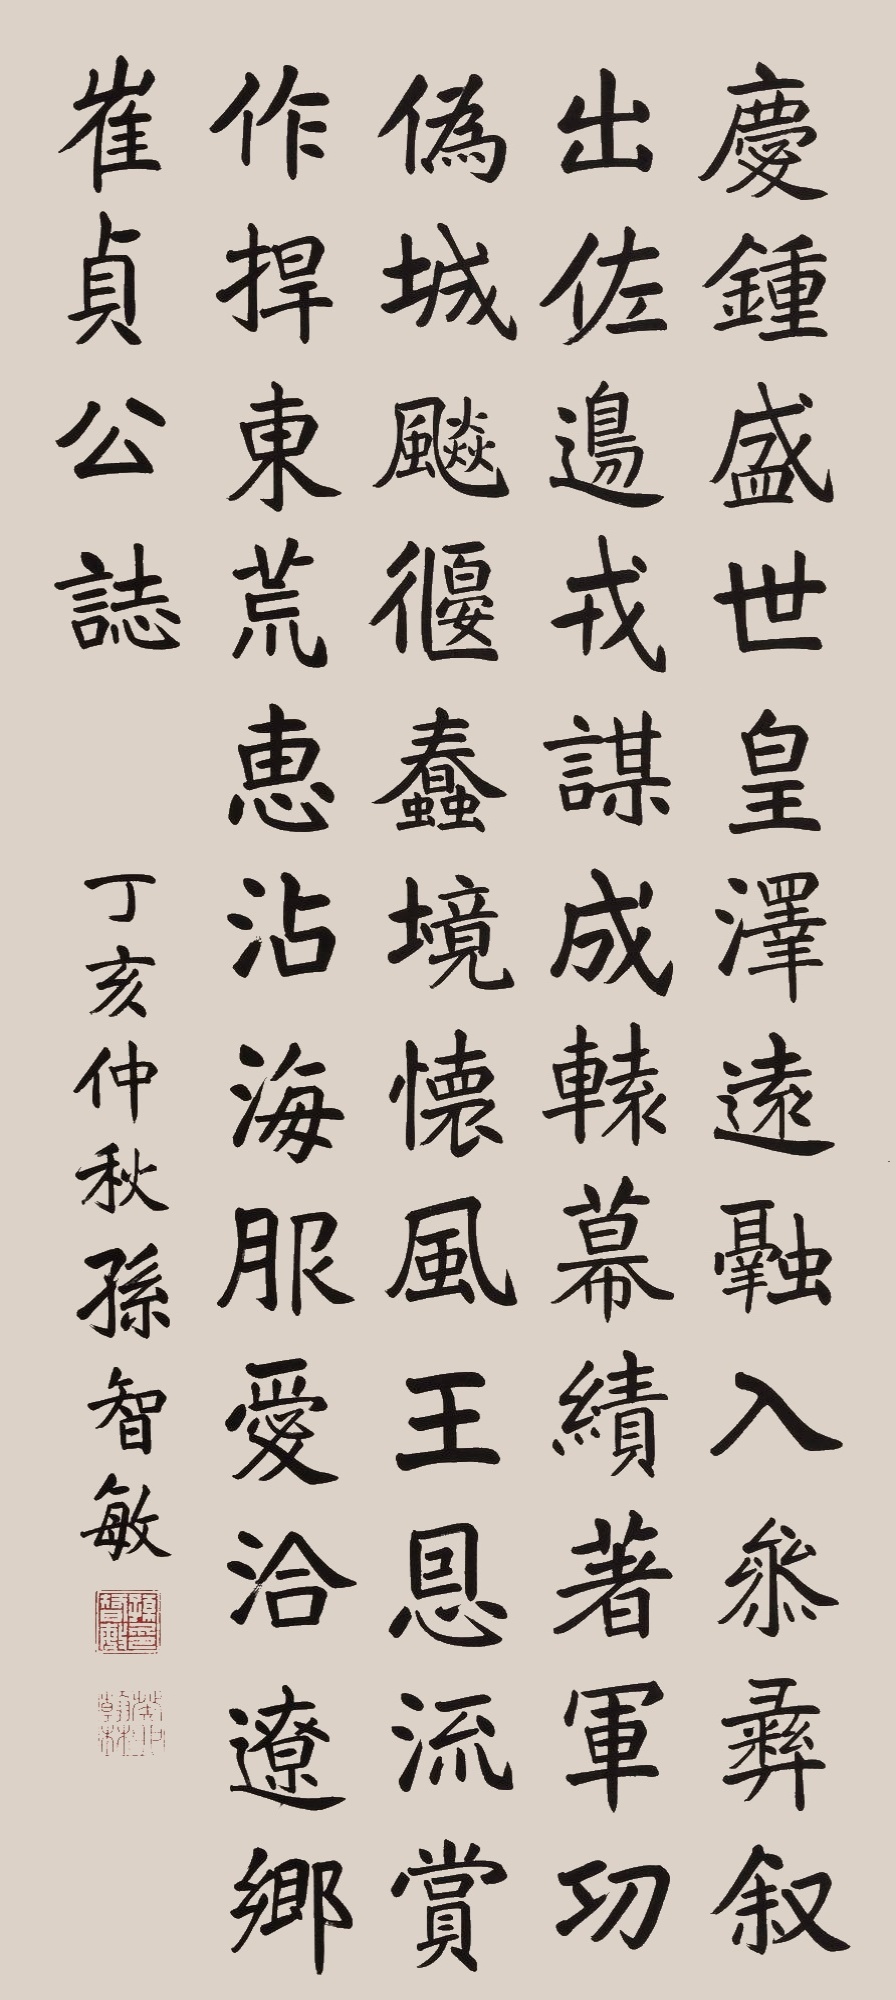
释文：庆钟盛世，皇泽远融。入参彝叙。出佐边戎。谋成辕幕，绩著军功。伪城飙偃，蠢境怀风。王恩流赏，作捍东荒。惠沾海服。爱洽辽乡。崔贞公志。丁亥仲秋孙志敏。